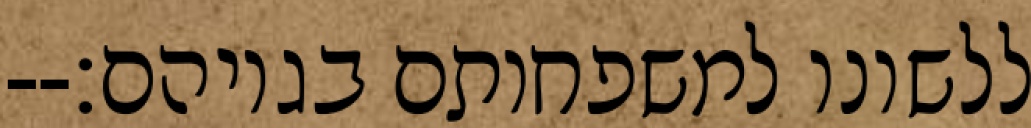
ללשונו למשפחותם בגויהם׃--